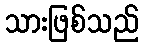
သားဖြစ်သည်